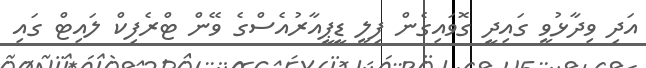
އަދި ވިދާޅުވީ ގައިދީ ގޮވައިގެން ފިލީ ޑީޕީއާރުއެސްގެ ވޭން ޓްރެފިކް ލައިޓް ގައި